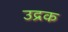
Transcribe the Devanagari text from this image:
उद्रक